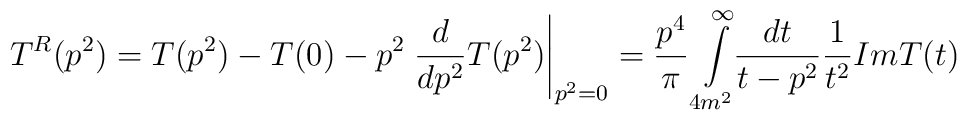
T^{R}(p^{2}) = T(p^{2}) - T(0) -p^{2} \left. \frac{d}{dp^{2}}T(p^{2})\right|_{p^{2}=0} = \frac{p^{4}}{\pi} \int\limits^{\infty}_{4m^{2}}\!\!\frac{dt}{t-p^{2}} \frac{1}{t^{2}}Im T(t)